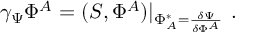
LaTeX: \gamma _ { \Psi } \Phi ^ { A } = ( S , \Phi ^ { A } ) | _ { \Phi _ { A } ^ { * } = \frac { \delta \Psi } { \delta \Phi ^ { A } } } \mathrm { ~ . }